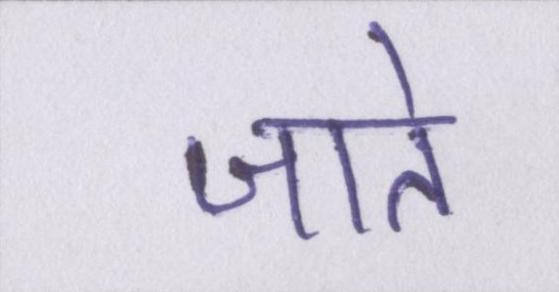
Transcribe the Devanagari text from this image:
जाते